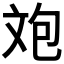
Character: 𣁈